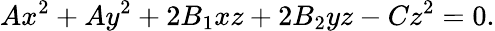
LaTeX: Ax^{2}+Ay^{2}+2B_{1}xz+2B_{2}yz-Cz^{2}=0.